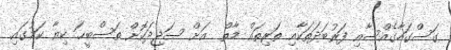
ގަސްގަހާގެއްސާއި ފަރުބަދަތަކާއި ތަރިތައް މާތް  އަށް ސަޖިދަކޮށް ތަސްބީޙަ ކިޔާ ކަމުގައި